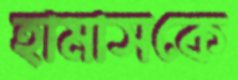
হামাসকে